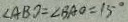
\angle A B D = \angle B A O = 1 5 ^ { \circ }